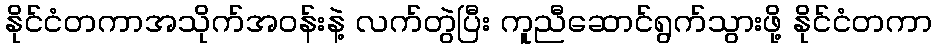
နိုင်ငံတကာအသိုက်အဝန်းနဲ့ လက်တွဲပြီး ကူညီဆောင်ရွက်သွားဖို့ နိုင်ငံတကာ